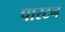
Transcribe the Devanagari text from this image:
पारटन